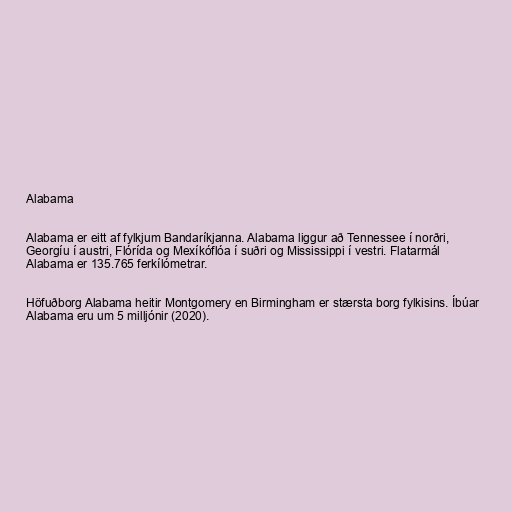
Alabama

Alabama er eitt af fylkjum Bandaríkjanna. Alabama liggur að Tennessee í norðri,
Georgíu í austri, Flórída og Mexíkóflóa í suðri og Mississippi í vestri. Flatarmál
Alabama er 135.765 ferkílómetrar.

Höfuðborg Alabama heitir Montgomery en Birmingham er stærsta borg fylkisins. Íbúar
Alabama eru um 5 milljónir (2020).